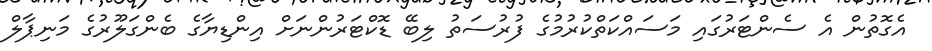
އެގޮތުން އެ ސެންޓަރުގައި މަސައްކަތްކުރުމުގެ ފުރުސަތު ލިބޭ ޑޮކްޓަރުންނަށް އިންޑިޔާގެ ބެންގަލޫރުގެ މަނިޕާލް